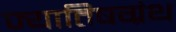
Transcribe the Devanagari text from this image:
ज्यातिषग्रंथ